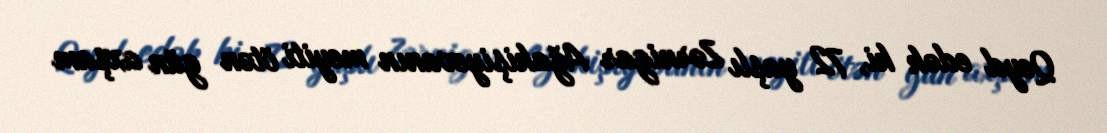
Qeyd edək ki, 72 yaşlı Zərnigar Ağakişiyevanın meyiti ötən gün axşam